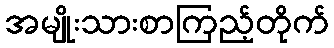
အမျိုးသားစာကြည့်တိုက်